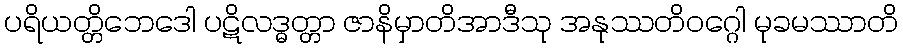
ပရိယတ္တိဘေဒေါ ပဋိလဒ္ဓတ္တာ ဇာနိမှာတိအာဒီသု အနုဿတိဝဂ္ဂေါ မုခမဿာတိ